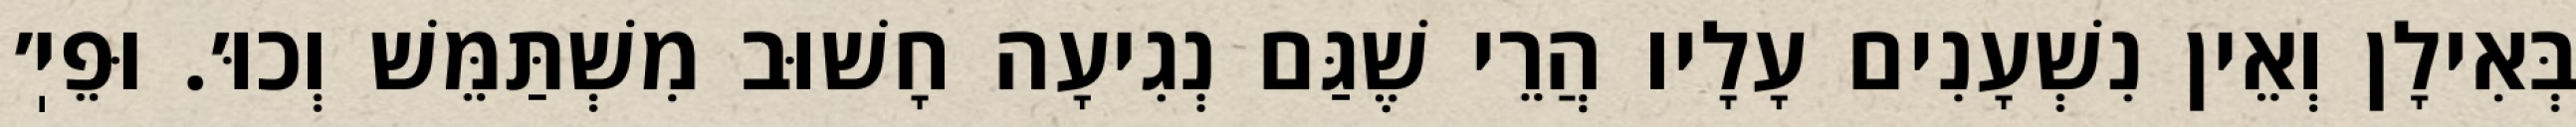
בְּאִילָן וְאֵין נִשְׁעָנִים עָלָיו הֲרֵי שֶׁגַּם נְגִיעָה חָשׁוּב מִשְׁתַּמֵּשׁ וְכוּ׳. וּפֵיֽ׳